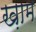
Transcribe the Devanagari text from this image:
ख़ाम